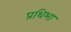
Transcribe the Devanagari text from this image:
प्रथिभा